Preliminary report on an investigation into the etiology of Oriental sore in Cambay - Number 50
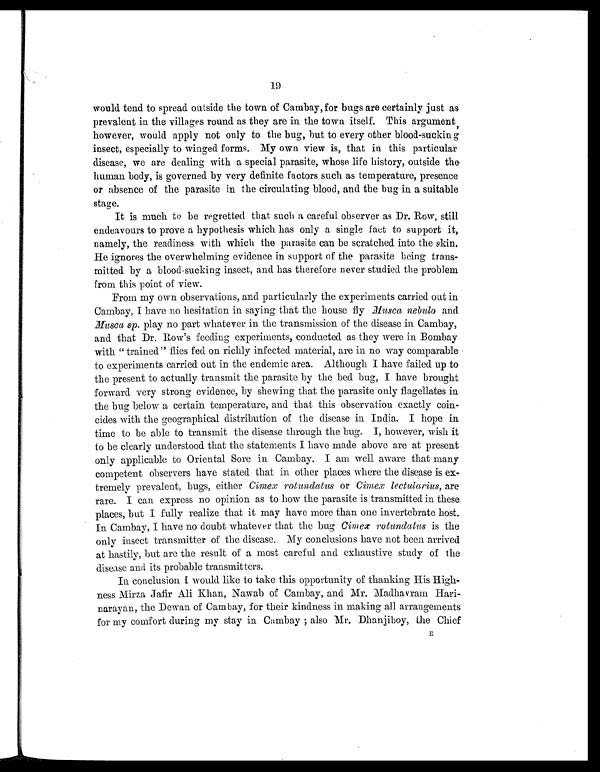
19
would tend to spread outside the town of Cambay, for bugs are certainly just as
prevalent in the villages round as they are in the town itself. This argument
, however, would apply not only to the bug, but to every other blood-sucking
insect, especially to winged forms. My own view is, that in this particular
disease, we are dealing with a special parasite, whose life history, outside the
human body, is governed by very definite factors such as temperature, presence
or absence of the parasite in the circulating blood, and the bug in a suitable
stage.
It is much to be regretted that such a careful observer as Dr. Row, still
endeavours to prove a hypothesis which has only a single fact to support it,
namely, the readiness with which the parasite can be scratched into the skin.
He ignores the overwhelming evidence in support of the parasite being trans-
mitted by a blood-sucking insect, and has therefore never studied the problem
from this point of view.
From my own observations, and particularly the experiments carried out in
Cambay, I have no hesitation in saying that the house fly Musca nebulo and
Musca sp. play no part whatever in the transmission of the disease in Cambay,
and that Dr. Row's feeding experiments, conducted as they were in Bombay
with " trained" flies fed on richly infected material, are in no way comparable
to experiments carried out in the endemic area. Although I have failed up to
the present to actually transmit the parasite by the bed bug, I have brought
forward very strong evidence, by showing that the parasite only flagellates in
the bug below a certain temperature, and that this observation exactly coin-
cides with the geographical distribution of the disease in India. I hope in
time to be able to transmit the disease through the bug. I, however, wish it
to be clearly understood that the statements I have made above are at present
only applicable to Oriental Sore in Cambay. I am well aware that many
competent observers have stated that in other places where the disease is ex-
tremely prevalent, bugs, either Cimex rotundatus or Cimex lectularius, are
rare. I can express no opinion as to how the parasite is transmitted in these
places, but I fully realize that it may have more than one invertebrate host.
In Cambay, I have no doubt whatever that the bug Cimex rotundatus is the
only insect transmitter of the disease. My conclusions have not been arrived
at hastily, but are the result of a most careful and exhaustive study of the
disease and its probable transmitters.
In conclusion would like to take this opportunity of thanking His High-
ness Mirza Jafir Ali Khan, Nawab of Cambay, and Mr. Madhavram Hari-
narayan, the Dewan of Cambay, for their kindness in making all arrangements
for my comfort during my stay in Cambay ; also Mr. Dhanjiboy, the Chief
E